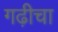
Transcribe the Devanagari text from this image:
गढ़ीचा